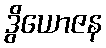
ဒွိယောဇန